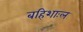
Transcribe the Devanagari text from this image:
बहिशाःल